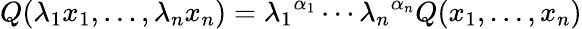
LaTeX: Q(\lambda_{1}x_{1},\ldots,\lambda_{n}x_{n})={\lambda_{1}}^{\alpha_{1}}\cdots{\lambda_{n}}^{\alpha_{n}}Q(x_{1},\ldots,x_{n})